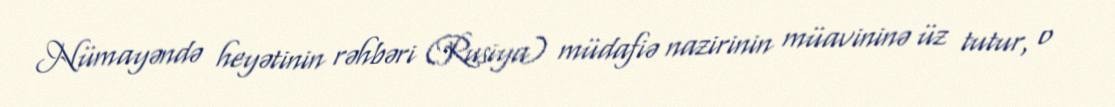
Nümayəndə heyətinin rəhbəri (Rusiya) müdafiə nazirinin müavininə üz tutur, o